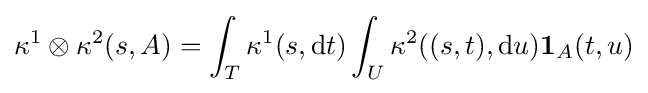
\kappa ^{1}\otimes \kappa ^{2}(s,A)=\int _{T}\kappa ^{1}(s,\mathrm {d} t)\int _{U}\kappa ^{2}((s,t),\mathrm {d} u)\mathbf {1} _{A}(t,u)